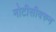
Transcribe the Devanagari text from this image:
नोटीसीवरुन